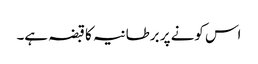
اس کونے پر برطانیہ کا قبضہ ہے۔